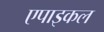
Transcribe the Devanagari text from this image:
एपाइकल